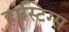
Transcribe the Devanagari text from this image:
हास्टिग्स